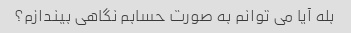
بله آیا می توانم به صورت حسابم نگاهی بیندازم؟